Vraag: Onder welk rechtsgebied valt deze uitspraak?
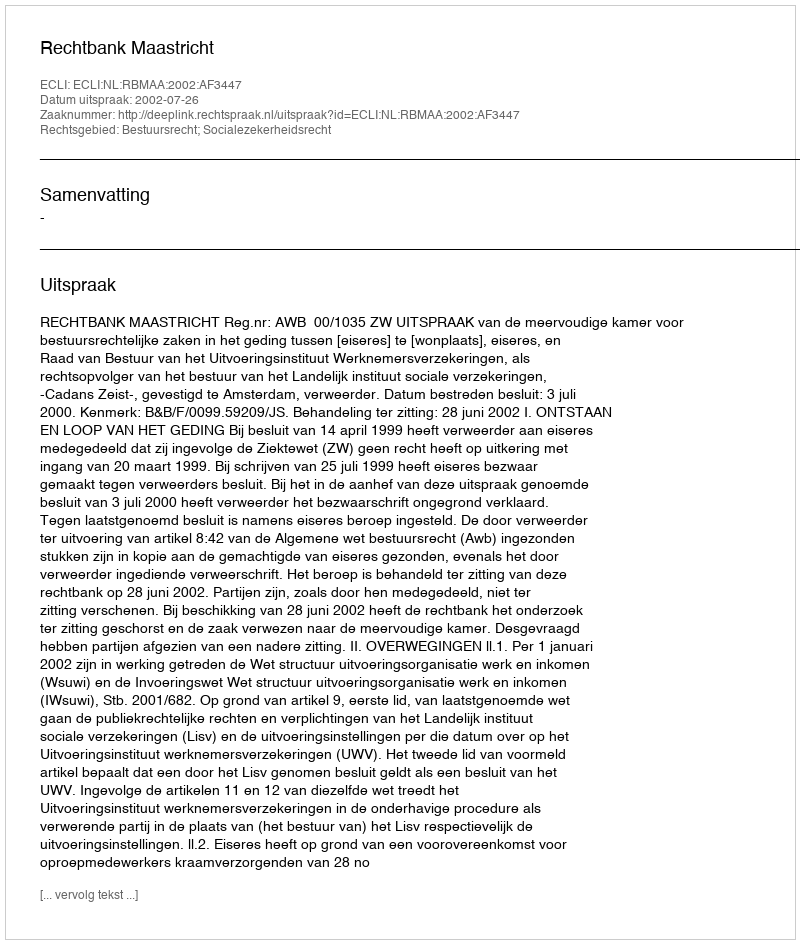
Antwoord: Bestuursrecht; Socialezekerheidsrecht